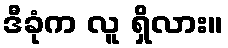
ဒီခုံက လူ ရှိလား။